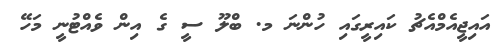
އައިޖީއެމްއެޗު ކައިރީގައި ހުންނަ މ. ބްލޫ ސީ ގެ އިން ވެއްޓުނީ މަހޭ